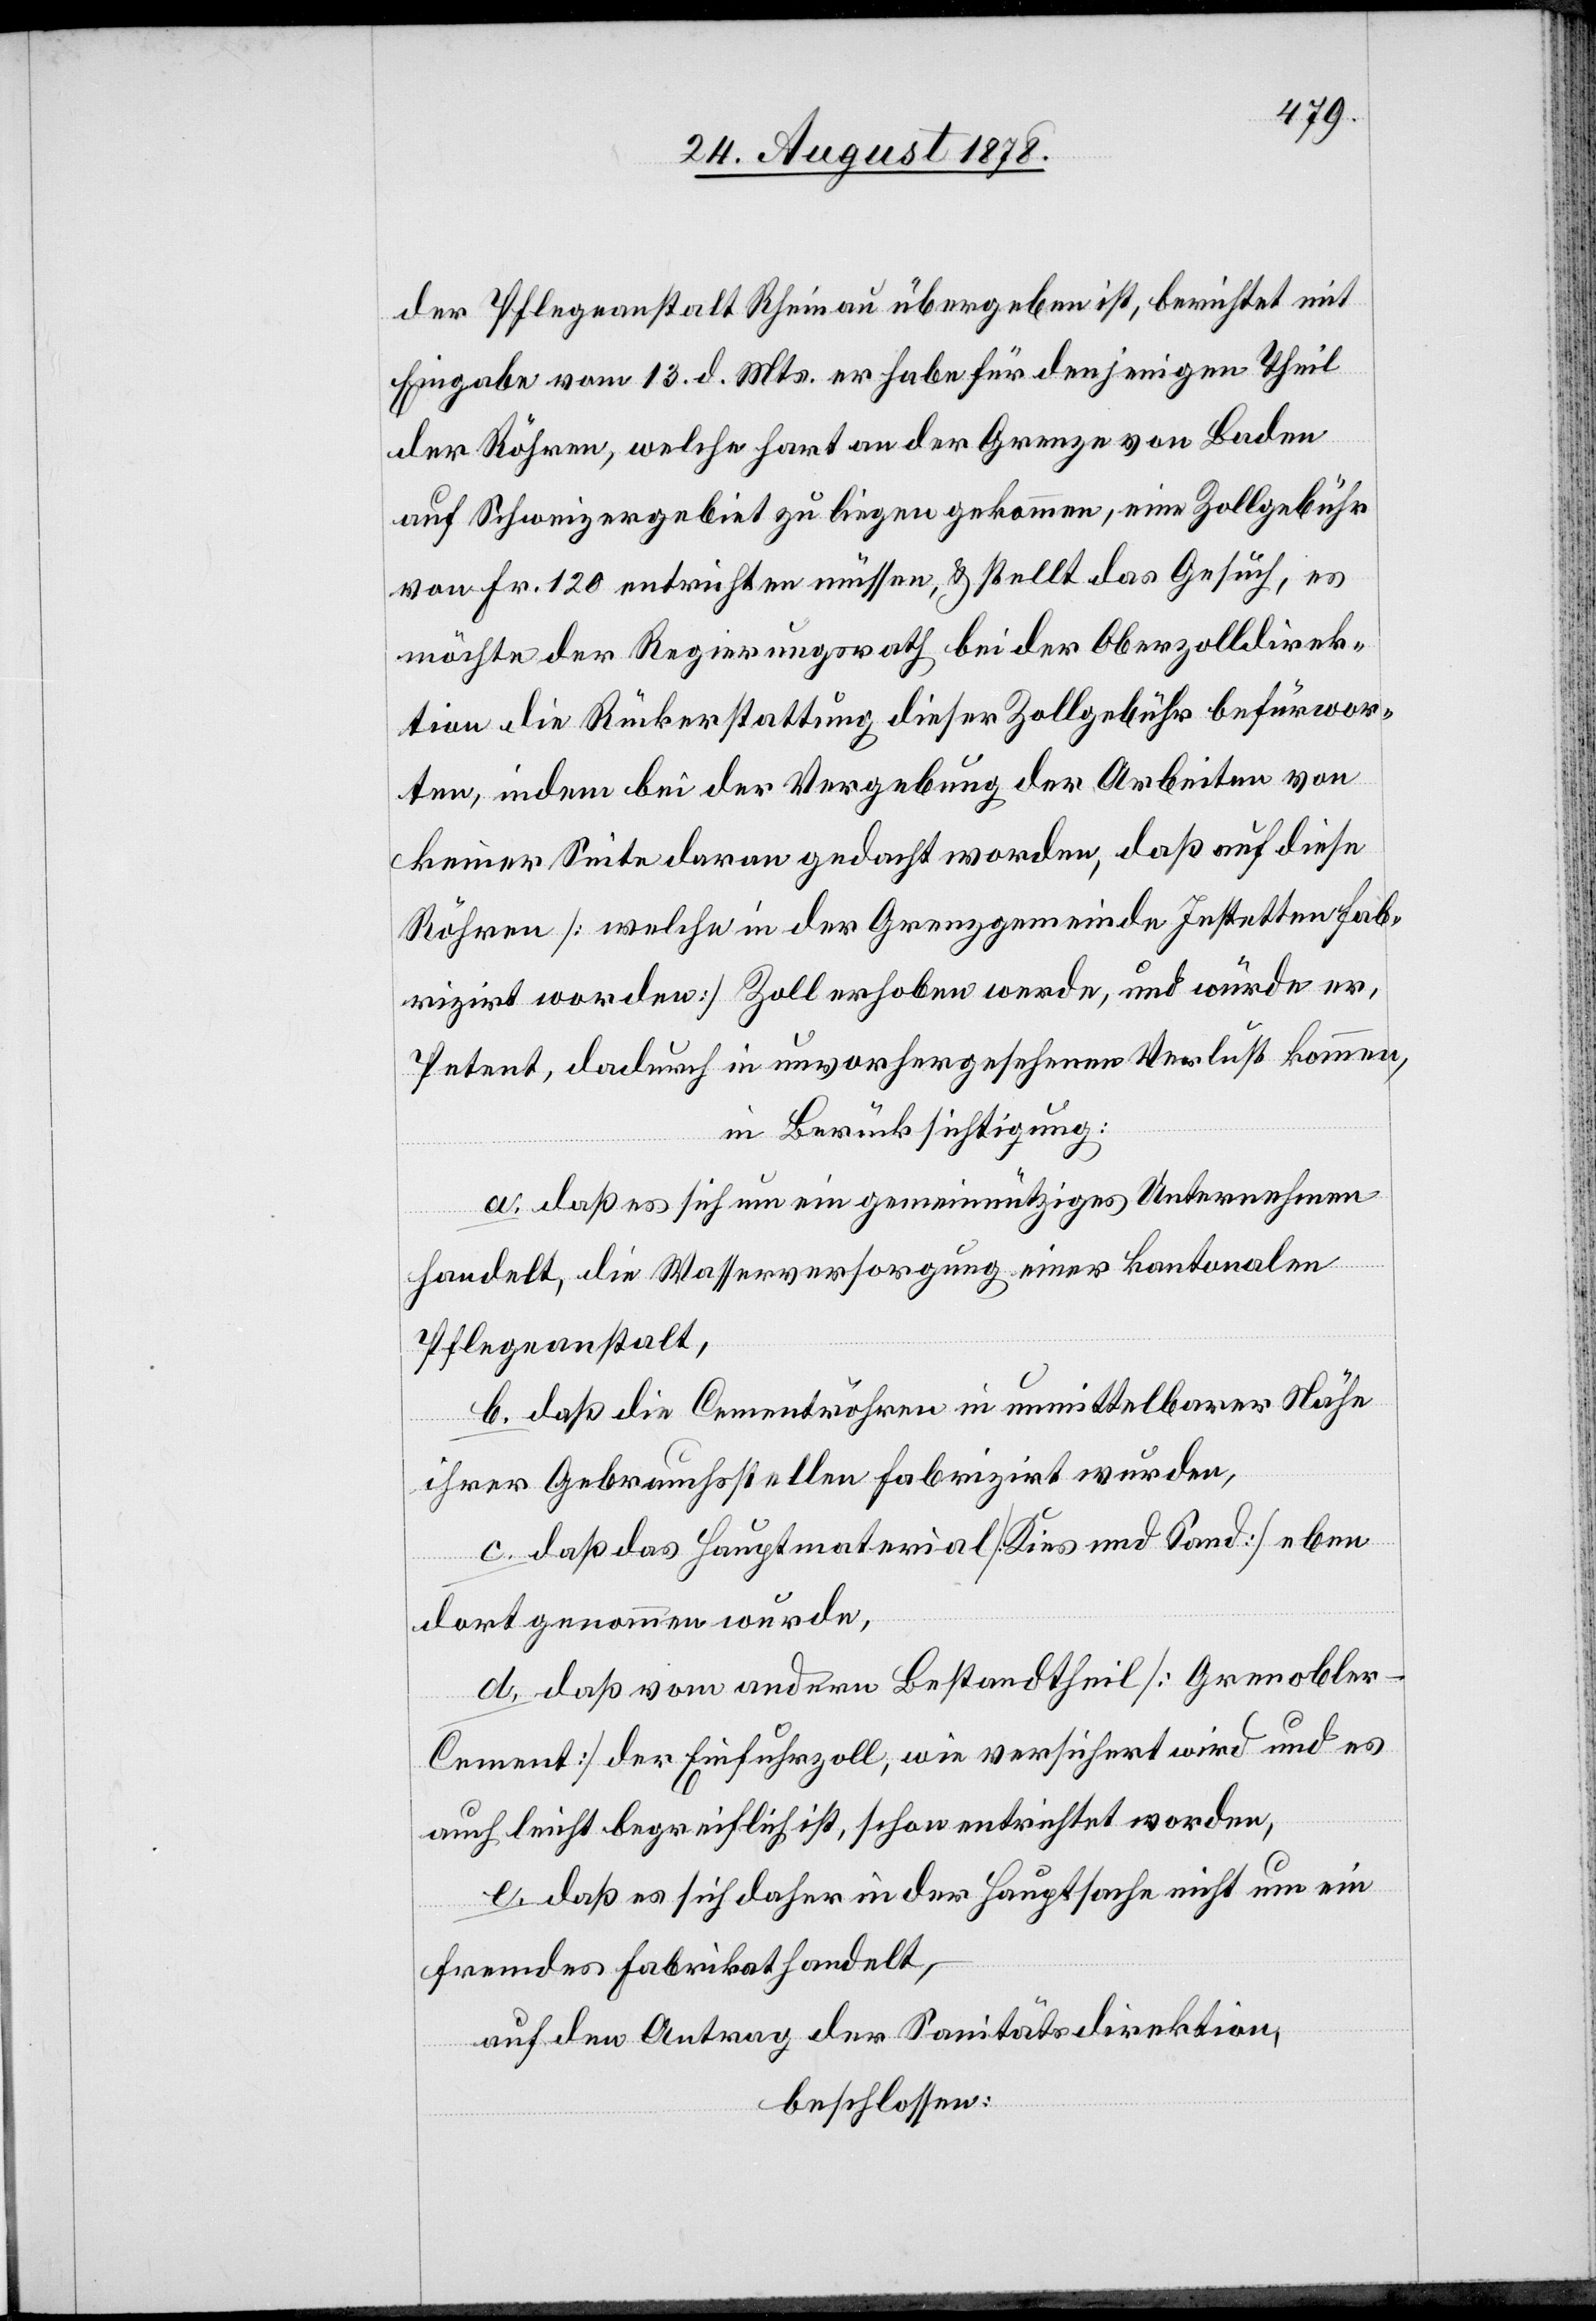
der Pflegeanstalt Rheinau übergeben ist, berichtet mit
Eingabe vom 13. d. Mts. er habe für denjenigen Theil
der Röhren, welche hart an der Grenze von Baden
auf Schweizergebiet zu liegen gekommen, eine Zollgebühr
von Fr. 120 entrichten müssen, & stellt das Gesuch, es
möchte der Regierungsrath bei der Oberzolldirek¬
tion die Rückerstattung dieser Zollgebühr befürwor¬
ten, indem bei der Vergebung der Arbeiten von
keiner Seite daran gedacht worden, daß auf diese
Röhren [welche in der Grenzgemeinde Jestetten fab¬
rizirt worden] Zoll erhoben werde, und würde er,
Petent, dadurch in unvorhergesehenen Verlust kommen,
in Berücksichtigung:
a. daß es sich um ein gemeinnütziges Unternehmen
handelt, die Wasserversorgung einer kantonalen
Pflegeanstalt,
b. daß die Cementröhren in unmittelbarer Nähe
ihrer Gebrauchsstellen fabrizirt wurden,
c. daß das Hauptmaterial [Kies und Sand] eben
dort genommen wurde,
d. daß vom andern Bestandtheil [Grenobler-C¬
ement] der Einfuhrzoll, wie versichert wird und es
auch leicht begreiflich ist, schon entrichtet worden,
e. daß es sich daher in der Hauptsache nicht um ein
fremdes Fabrikat handelt,
auf den Antrag der Sanitätsdirektion,
beschlossen: